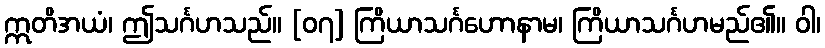
ဣတိအယံ၊ ဤသင်္ဂဟသည်။ [၀၇] ကြိယာသင်္ဂဟောနာမ၊ ကြိယာသင်္ဂဟမည်၏။ ဝါ၊